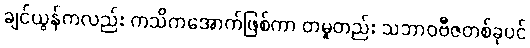
ချင်ယွန်ကလည်း ကသိကအောက်ဖြစ်ကာ တမူတည်း သဘာဝဗီဇတစ်ခုပင်